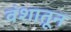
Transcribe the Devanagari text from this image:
वंशातून